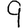
Digit: 9